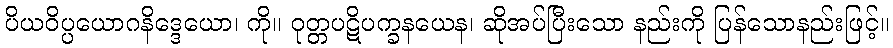
ပိယဝိပ္ပယောဂနိဒ္ဒေယော၊ ကို။ ဝုတ္တပဋိပက္ခနယေန၊ ဆိုအပ်ပြီးသော နည်းကို ပြန်သောနည်းဖြင့်။